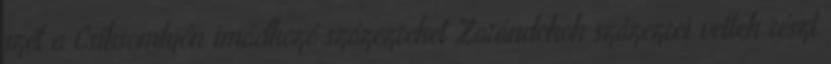
szét a Csíksomlyón imádkozó százezreket Zarándokok százezrei vettek részt